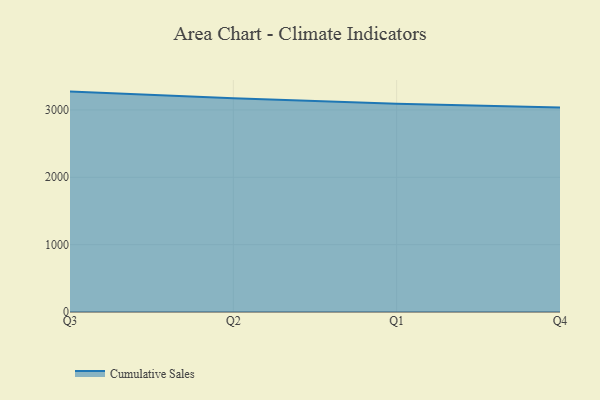
{"axis": {"x": "Quarter", "y": "Production Output"}, "legend": ["Cumulative Sales"], "data": [{"x": "Q3", "y": 3272.3, "type": "Cumulative Sales"}, {"x": "Q2", "y": 3172.8, "type": "Cumulative Sales"}, {"x": "Q1", "y": 3092.7, "type": "Cumulative Sales"}, {"x": "Q4", "y": 3036.7, "type": "Cumulative Sales"}]}